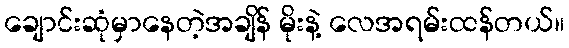
ချောင်းဆုံမှာနေတဲ့အချိန် မိုးနဲ့ လေအရမ်းထန်တယ်။